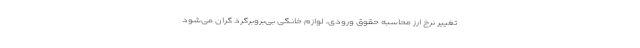
تغییر نرخ ارز محاسبه حقوق ورودی، لوازم خانگی بی‌بروبرگرد گران می‌شود